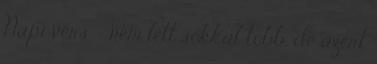
Napi vers - nem lett sokkal több, de azért